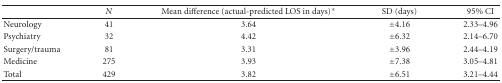
<table><thead><tr><td></td><td><b><i>N</i></b></td><td><b>Mean difference (actual-predicted LOS in days)*</b></td><td><b>SD (days)</b></td><td><b>95% CI</b></td></tr></thead><tbody><tr><td>Neurology</td><td>41</td><td>3.64</td><td>±4.16</td><td>2.33–4.96</td></tr><tr><td>Psychiatry</td><td>32</td><td>4.42</td><td>±6.32</td><td>2.14–6.70</td></tr><tr><td>Surgery/trauma</td><td>81</td><td>3.31</td><td>±3.96</td><td>2.44–4.19</td></tr><tr><td>Medicine</td><td>275</td><td>3.93</td><td>±7.38</td><td>3.05–4.81</td></tr><tr><td>Total</td><td>429</td><td>3.82</td><td>±6.51</td><td>3.21–4.44</td></tr></tbody></table>